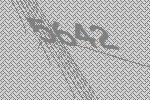
5642